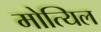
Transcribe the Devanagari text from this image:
मोत्यिल